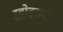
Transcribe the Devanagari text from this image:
ऱ्होड्सचेच